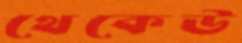
থেকেউ